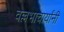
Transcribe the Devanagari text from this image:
वल्लभाचार्यांनी